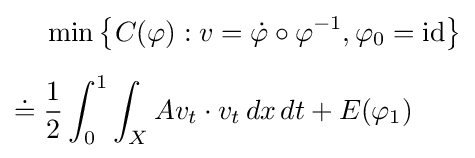
{\begin{aligned}&\min \left\{C(\varphi ):v={\dot {\varphi }}\circ \varphi ^{-1},\varphi _{0}={\rm {id}}\right\}\\[5pt]\doteq {}&{\frac {1}{2}}\int _{0}^{1}\int _{X}Av_{t}\cdot v_{t}\,dx\,dt+E(\varphi _{1})\end{aligned}}